Vaccination report Assam 1896-1927 - 1896-1927
Year: 1896
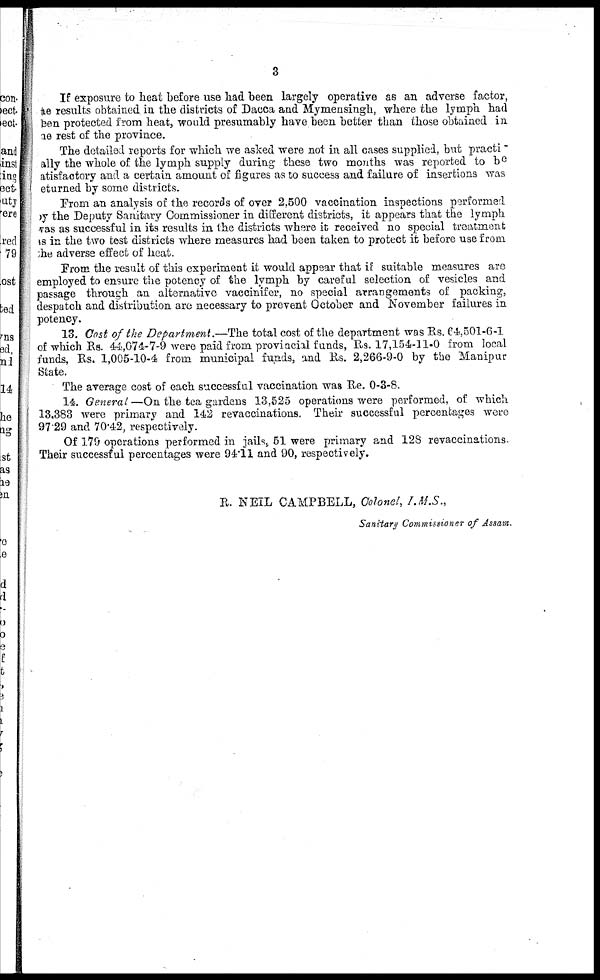
3
If exposure to heat before use had been largely operative as an adverse factor,
the results obtained in the districts of Dacca and Mymensingh, where the lymph had
been protected from heat, would presumably have been better than those obtained in
one rest of the province.
The detailed reports for which we asked were not in all cases supplied, but practi¬
cally the whole of the lymph supply during these two months was reported to be
satisfactory and a certain amount of figures as to success and failure of insertions was
eturned by some districts.
From an analysis of the records of over 2,500 vaccination inspections performed
by the Deputy Sanitary Commissioner in different districts, it appears that the lymph
was as successful in its results in the districts where it received no special treatment
as in the two test districts where measures had been taken to protect it before use from
the adverse effect of heat.
From the result of this experiment it would appear that if suitable measures are
employed to ensure the potency of the lymph by careful selection of vesicles and
passage through an alternative vaccinifer, no special arrangements of packing,
despatch and distribution are necessary to prevent October and November failures in
potency.
13. Cost of the Department.—The total cost of the department was Rs. 64,501-6-1
of which Rs. 44,074-7-9 were paid from provincial funds, Rs. 17,154-11-0 from local
funds, Rs. 1,005-10-4 from municipal funds, and Rs. 2,266-9-0 by the Manipur
State.
The average cost of each successful vaccination was Re. 0-3-8.
14. General—On the tea gardens 13,525 operations were performed, of which
13,383 were primary and 142 revaccinations. Their successful percentages were
97.29 and 70.42, respectively.
Of 179 operations performed in jails, 51 were primary and 128 revaccinations.
Their successful percentages were 94.11 and 90, respectively.
R. NEIL CAMPBELL, Colonel, I.M.S.,
Sanitary Commissioner of Assam.